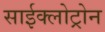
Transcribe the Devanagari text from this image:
साईक्लोट्रोन